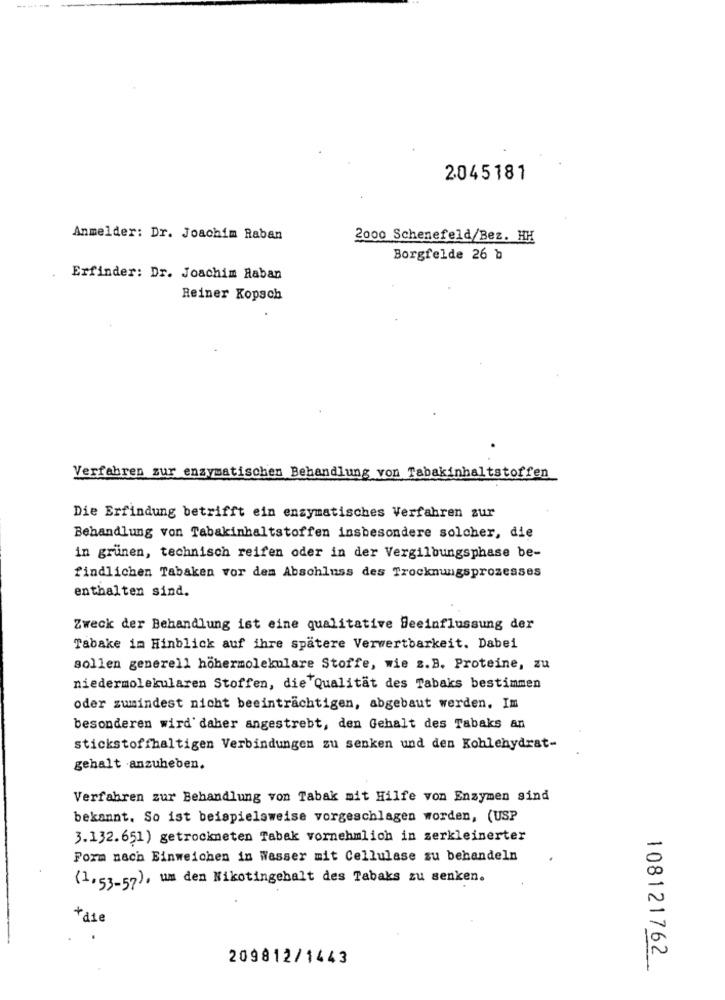
-----
2045181
Anmelder: Dr. Joachim Raban
2000 Schenefeld/Bez. HH
Borgfelde 26 b
Erfinder: Dr. Joachim Raban
Reiner Kopsch
Verfahren zur enzymatischen Behandlung von Tabakinhaltstoffen
Die Erfindung betrifft ein enzymatisches Verfahren zur
Behandlung von Tabakinhaltstoffen insbesondere solcher, die
in grünen, technisch reifen oder in der Vergilbungsphase be-
findlichen Tabaken vor dem Abschluss des Trocknungsprozesses
enthalten sind.
Zweck der Behandlung ist eine qualitative Beeinflussung der
Tabake im Hinblick auf ihre spätere Verwertbarkeit. Dabei
sollen generell höhermolekulare Stoffe, wie z.B. Proteine, zu
niedermolekularen Stoffen, die Qualität des Tabaks bestimmen
oder zumindest nicht beeinträchtigen, abgebaut werden. Im
besonderen wird' daher angestrebt, den Gehalt des Tabaks an
stickstoffhaltigen Verbindungen zu senken und den Kohlehydrat-
gehalt anzuheben.
Verfahren zur Behandlung von Tabak mit Hilfe von Enzymen sind
bekannt. So ist beispielsweise vorgeschlagen worden, (USP
3.132.651) getrockneten Tabak vornehmlich in zerkleinerter
Form nach Einweichen in Wasser mit Cellulase zu behandeln
(1, 53-57), um den Nikotingehalt des Tabaks zu senken.
fase
209812/1443
108121762